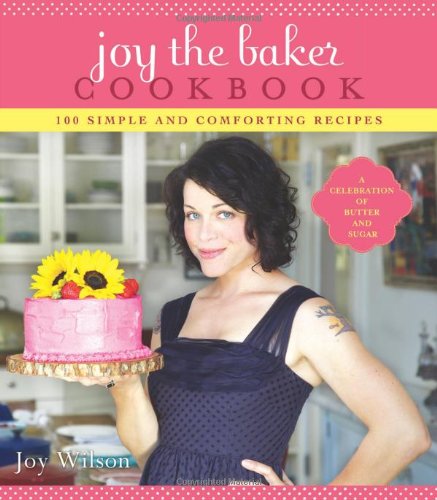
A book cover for Joy the Baker Cookbook: 100 Simple and Comforting Recipes; Joy Wilson; Cookbooks, Food & Wine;